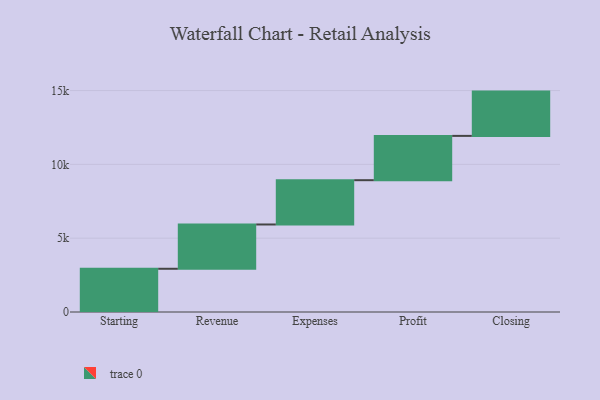
{"axis": {"x": "Step", "y": "Value"}, "legend": [""], "data": [{"x": "Starting", "y": 2928.0, "type": ""}, {"x": "Revenue", "y": 3000, "type": ""}, {"x": "Expenses", "y": 3000, "type": ""}, {"x": "Profit", "y": 3000, "type": ""}, {"x": "Closing", "y": 3000, "type": ""}]}